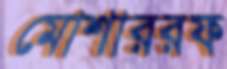
মোশাররফ